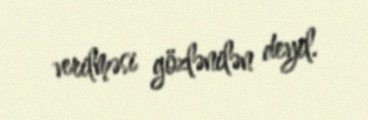
verilməsi gözlənilən deyil.